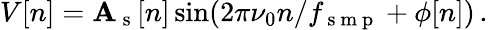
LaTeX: V[n]=\mathbf{A}_{\mathrm{{~s~}}}[n]\sin(2\pi\nu_{0}n/f_{\mathrm{{~s~m~p~}}}+\phi[n])\, .